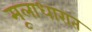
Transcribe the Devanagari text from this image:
मूलाधारात